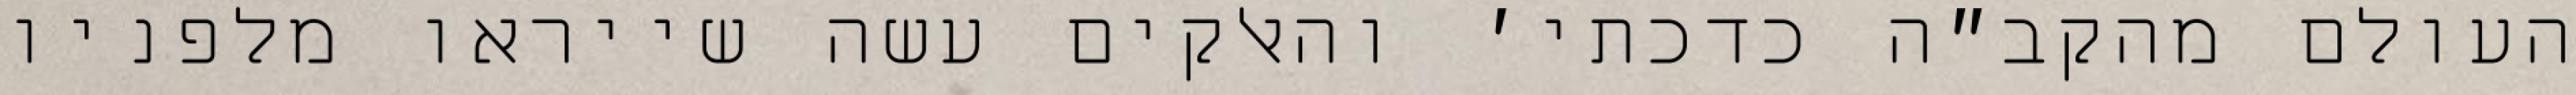
העולם מהקב״ה כדכתי׳ והאלקים עשה שייראו מלפניו